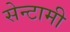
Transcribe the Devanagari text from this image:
सेन्टामी